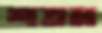
শতম